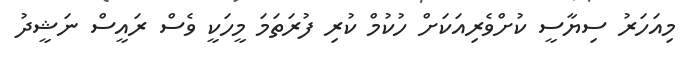
މިއަހަރު ސިޔާސީ ކުށްވެރިއަކަށް ހުކުމް ކުރި ފުރަތަމަ މީހަކީ ވެސް ރައީސް ނަޝީދު